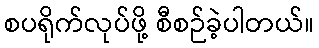
စပရိုက်လုပ်ဖို့ စီစဉ်ခဲ့ပါတယ်။